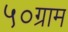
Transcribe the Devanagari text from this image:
५०ग्राम